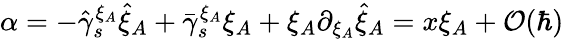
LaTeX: \alpha=-\hat{\gamma}_{s}^{\xi_{A}}\hat{\xi}_{A}+\bar{\gamma}_{s}^{\xi_{A}}\xi_{A}+\xi_{A}\partial_{\xi_{A}}\hat{\xi}_{A}=x\xi_{A}+{\cal O}(\hbar)